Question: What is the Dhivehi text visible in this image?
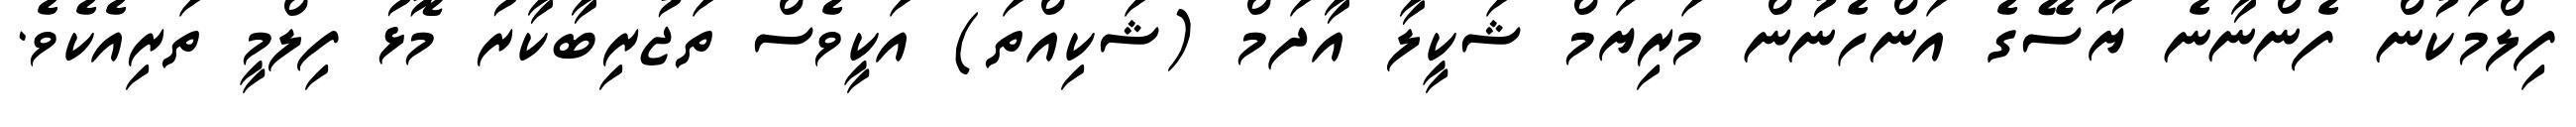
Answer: ފިލްމަކުން ފެންނާނެ ޔޫސޭގެ އަންހެނުން މަރިޔަމް ޝަކީލާ އާދަމް (ޝަކިއްތަ) އަކީވެސް ތަޖުރިބާކާރު މޮޅު ފިލްމީ ތަރިއެކެވެ.